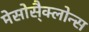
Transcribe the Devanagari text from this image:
मेसोसै्क्लोन्स